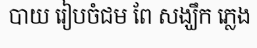
បាយ រៀបចំជម ពែ សង្ឃឹក ភ្លេង